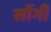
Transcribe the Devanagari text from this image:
सोंगी